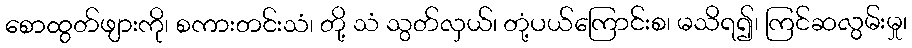
စောထွတ်ဖျားကို၊ စကားတင်းသံ၊ တို့ သံ သွတ်လှယ်၊ တုံ့ပယ်ကြောင်းစ၊ မသိရ၍၊ ကြင်ဆလွမ်းမှု၊